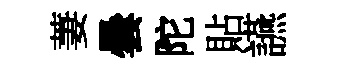
萋曇陀貼讌